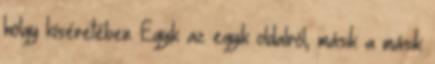
hölgy kíséretében. Egyik az egyik oldalról, másik a másik